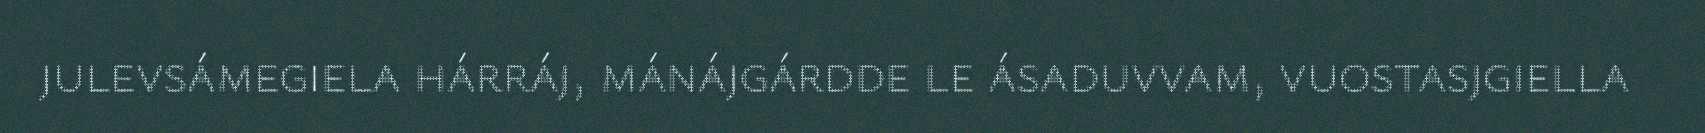
julevsámegiela hárráj, mánájgárdde le ásaduvvam, vuostasjgiella